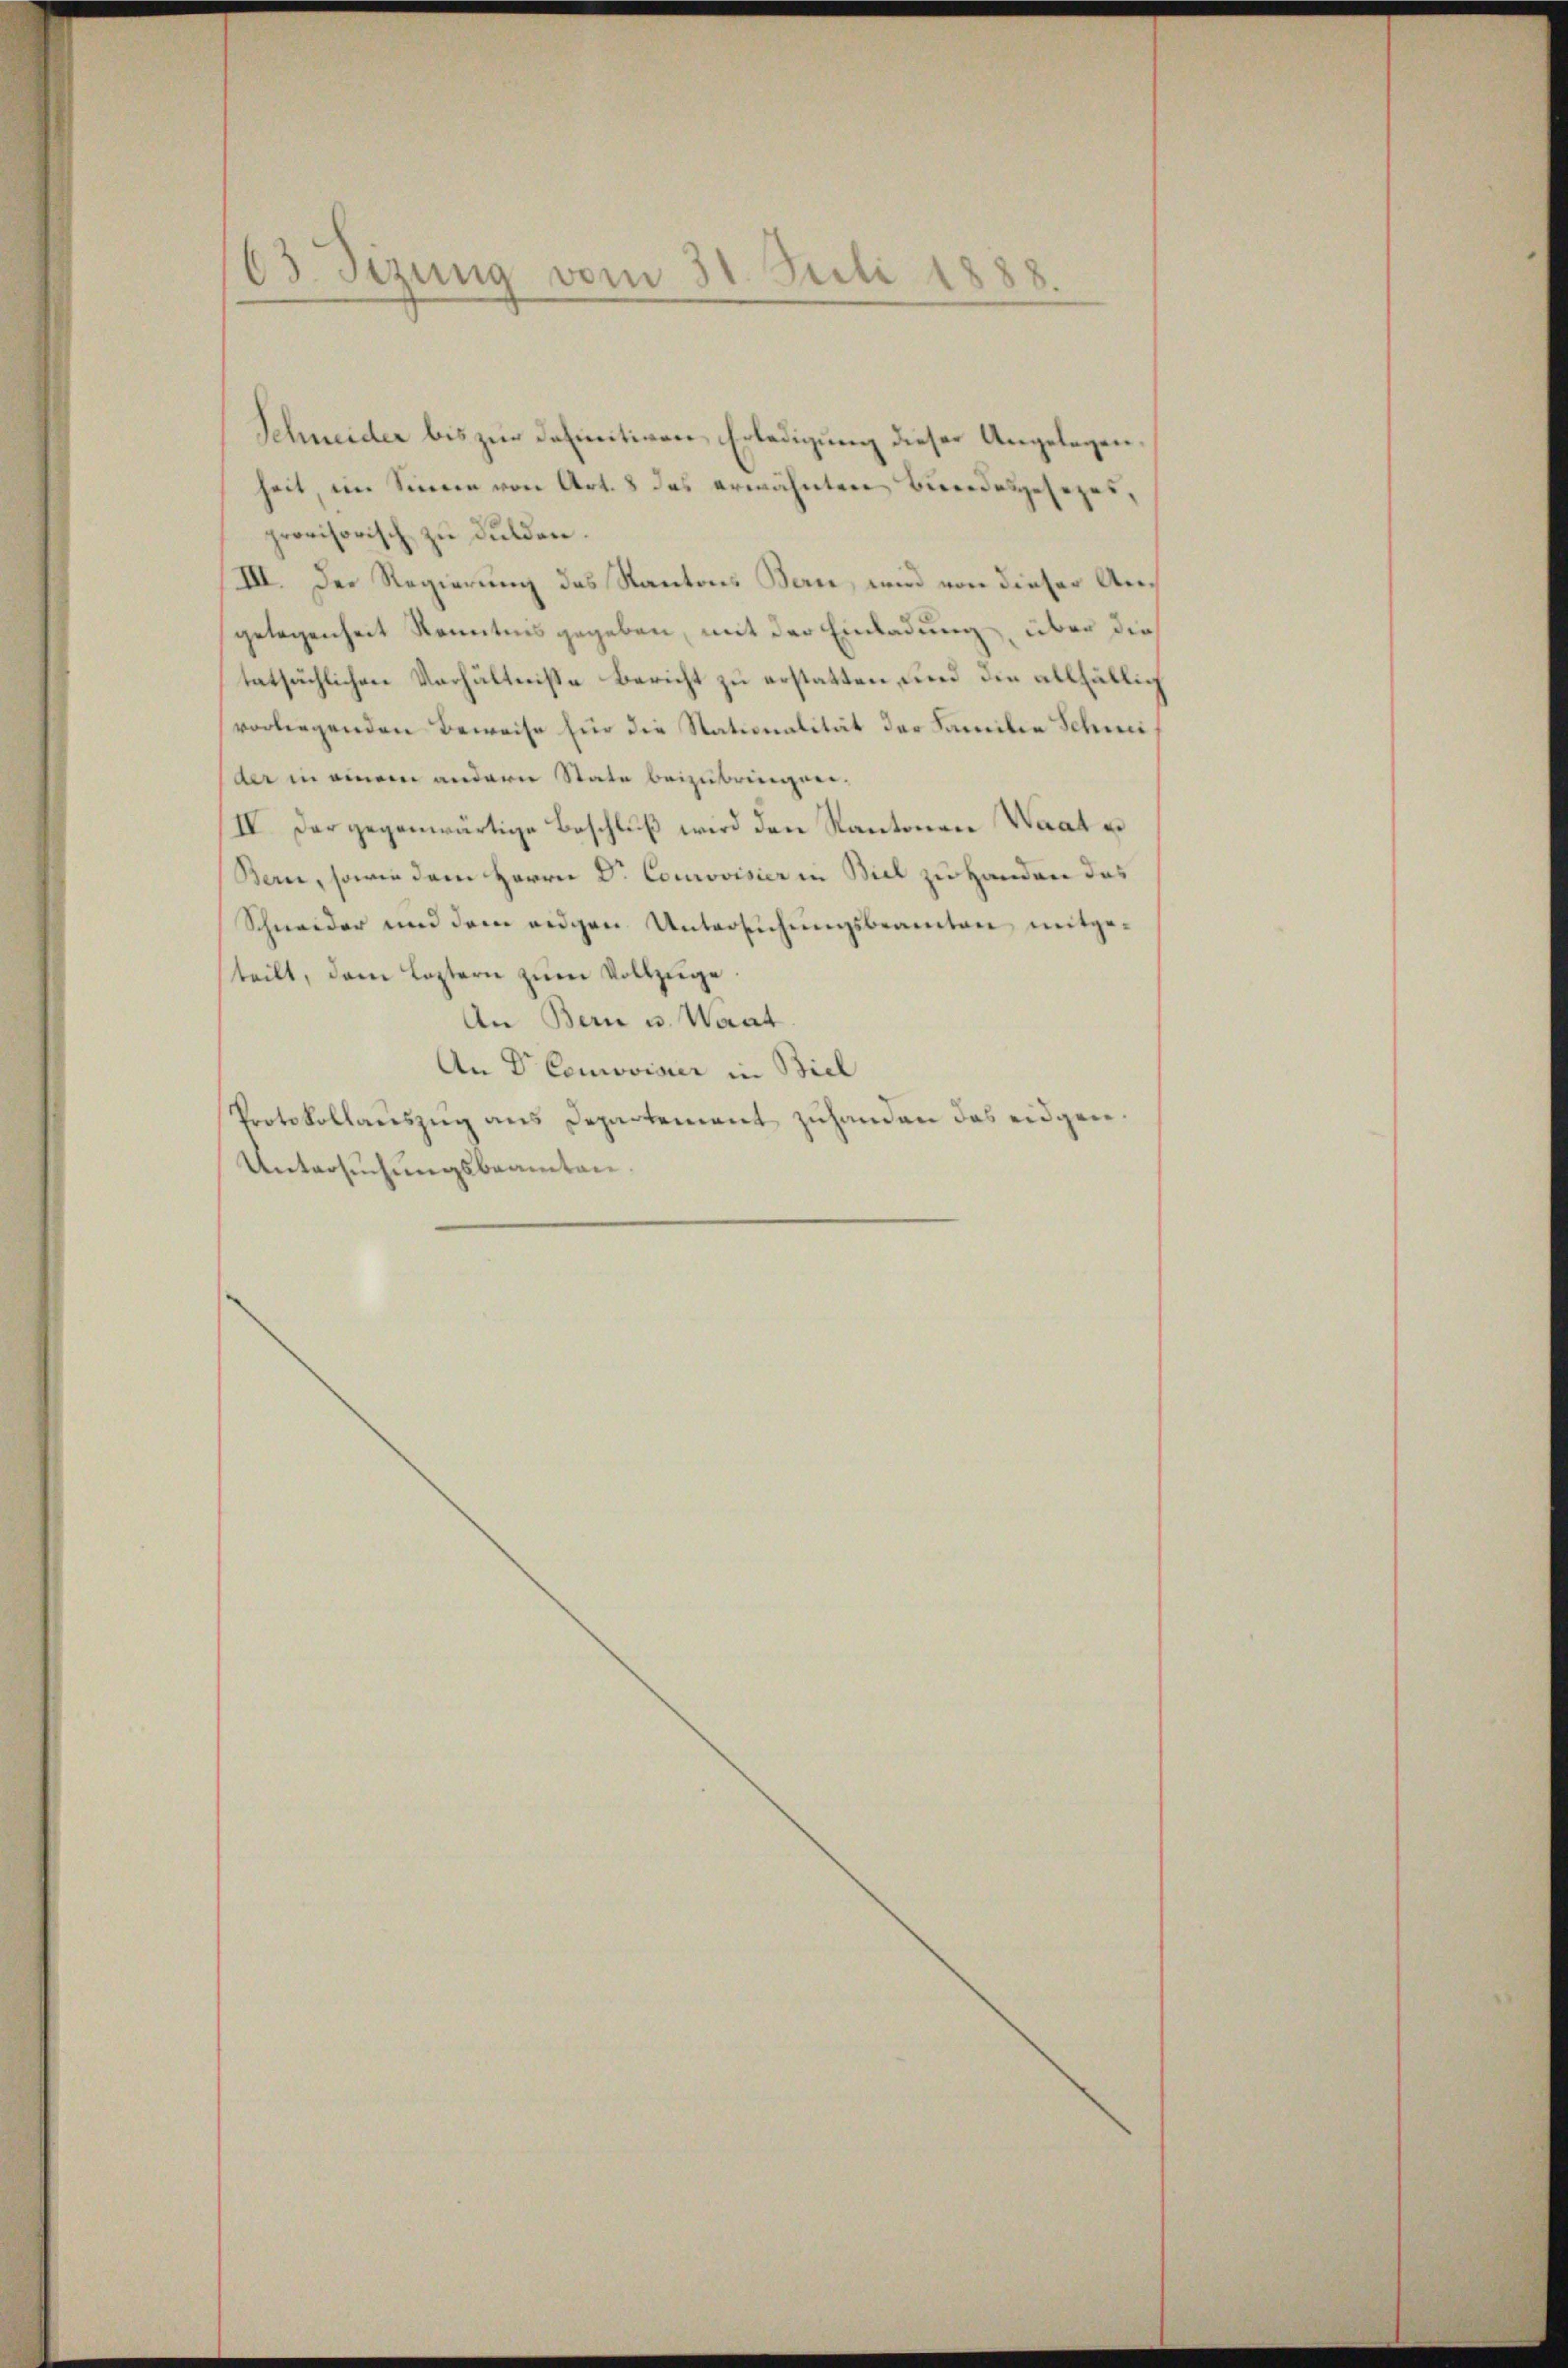
63. Sizung vom 31. Juli 1

Schneider bis zur Definitiven Erledigung dieser Angelegenheit, im Sinnen von Art. 8 das erwähnten Bundesgesetzt
provisorisch zu dulden.
III. Der Regierung des Kantons Bern, wird von dieser Angelegenheit Kenntnis gegeben, mit der Einladung, über die
tatsächlichen Verhältnisse Bericht zu erstatten und die allhäblich
vorliegenden Beweise für die Nationalität der Familie Schmider in einem andern State beizubringere.
IV. Der gegenwärtige Beschluß wird den Kantonen Waat er
Bern, sowie dem Herrn Dr. Courovisier in Biel zu Handen das
Schneider und dem eidgen Untersuchungsbeamten mitge-
teilt, dem Leztern zum Vollzüge.
An Bern u. Waat
An Dr. Courovisier in Biel
Protokollaŭszŭg ans Departement zŭhanden das eidgen.
Untersuchungsbeamten.